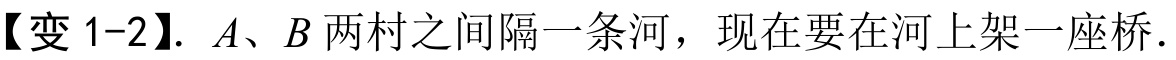
【变 1-2】. \(A、B\)两村之间隔一条河，现在要在河上架一座桥．